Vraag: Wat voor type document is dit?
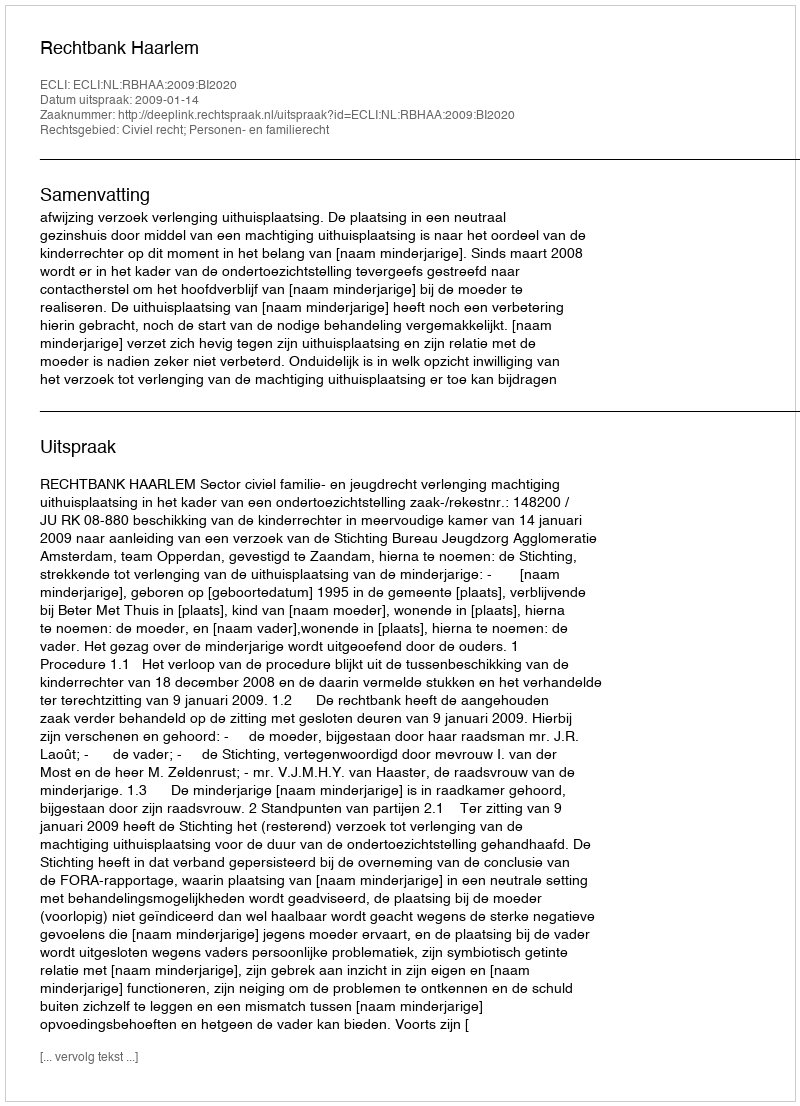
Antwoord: Uitspraak